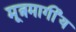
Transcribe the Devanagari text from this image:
मूत्रमार्गीय